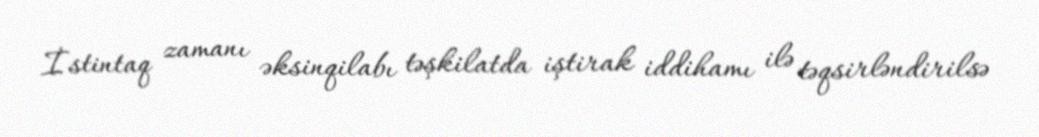
İstintaq zamanı əksinqilabı təşkilatda iştirak iddihamı ilə təqsirləndirilsə